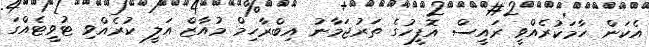
އެކަން ހާމަކުރެއްވީ ރައީސް އޮފީހުގެ ތަރުޖަމާނު އިބްރާހިމް މުއާޒް އަލީ ކުރެއްވި ޓުވީޓެއްގަ